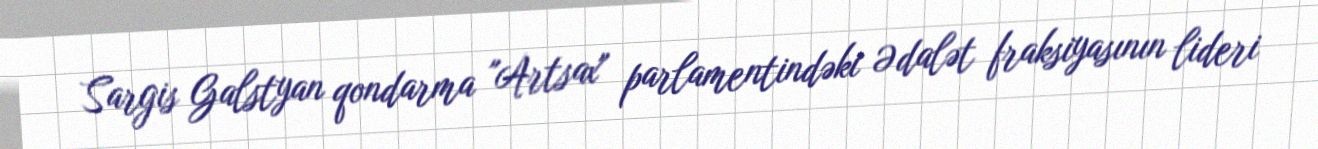
Sargis Galstyan qondarma "Artsax" parlamentindəki Ədalət fraksiyasının lideri